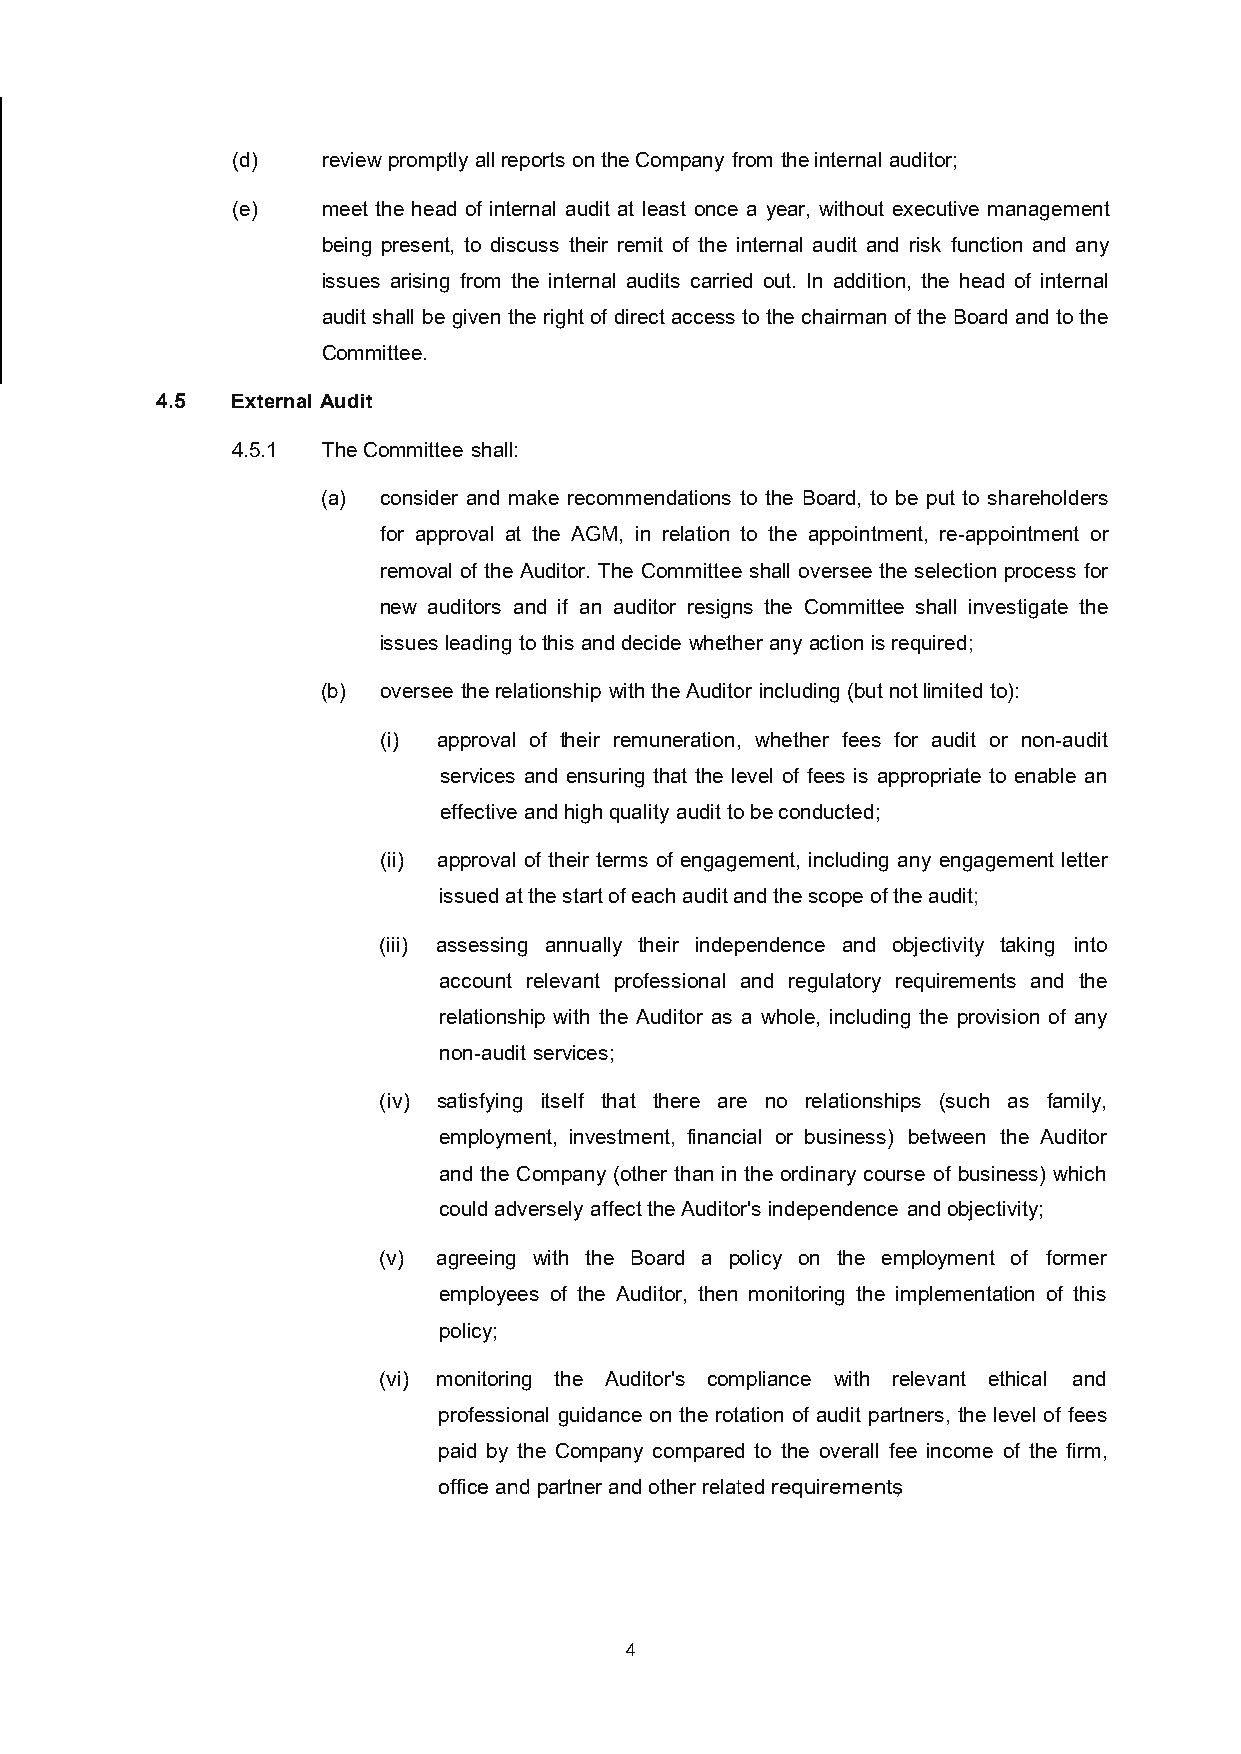
(d)   review promptly all reports on the Company from the internal auditor;
 (e)   meet the head of internal audit at least once a year, without executive management
 being present, to discuss their remit of the internal audit and risk function and any
 issues arising from the internal audits carried out. In addition, the head of internal
 audit shall be given the right of direct access to the chairman of the Board and to the
 Committee.
 4.5  External Audit
 4.5.1 The Committee shall:
 (a) consider and make recommendations to the Board, to be put to shareholders
 for approval at the AGM, in relation to the appointment, re-appointment or
 removal of the Auditor. The Committee shall oversee the selection process for
 new auditors and if an auditor resigns the Committee shall investigate the
 issues leading to this and decide whether any action is required;
 (b) oversee the relationship with the Auditor including (but not limited to):
 (i) approval of their remuneration, whether fees for audit or non-audit
 services and ensuring that the level of fees is appropriate to enable an
 effective and high quality audit to be conducted;
 (ii) approval of their terms of engagement, including any engagement letter
 issued at the start of each audit and the scope of the audit;
 (iii) assessing annually their independence and objectivity taking into
 account relevant professional and regulatory requirements and the
 relationship with the Auditor as a whole, including the provision of any
 non-audit services;
 (iv) satisfying itself that there are no relationships (such as family,
 employment, investment, financial or business) between the Auditor
 and the Company (other than in the ordinary course of business) which
 could adversely affect the Auditor's independence and objectivity;
 (v) agreeing with the Board a policy on the employment of former
 employees of the Auditor, then monitoring the implementation of this
 policy;
 (vi) monitoring the Auditor's compliance with relevant ethical and
 professional guidance on the rotation of audit partners, the level of fees
 paid by the Company compared to the overall fee income of the firm,
 office and partner and other related requirements;
 4